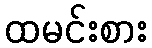
ထမင်းစား